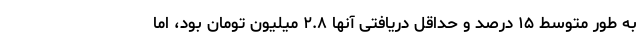
به طور متوسط ۱۵ درصد و حداقل دریافتی آنها ۲.۸ میلیون تومان بود، اما